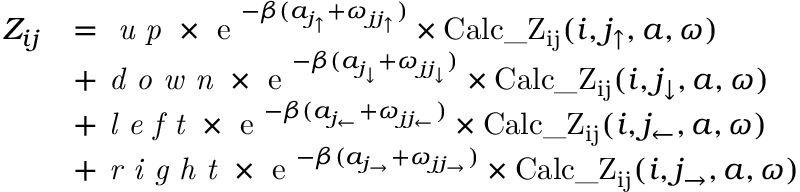
\begin{array} { r l } { Z _ { i j } } & { = \textit { u p } \times \textnormal { e } ^ { - \beta ( a _ { j _ { \uparrow } } + \omega _ { j j _ { \uparrow } } ) } \times \mathrm { C a l c \_ Z _ { i j } } ( i , j _ { \uparrow } , a , \omega ) } \\ & { + \textit { d o w n } \times \textnormal { e } ^ { - \beta ( a _ { j _ { \downarrow } } + \omega _ { j j _ { \downarrow } } ) } \times \mathrm { C a l c \_ Z _ { i j } } ( i , j _ { \downarrow } , a , \omega ) } \\ & { + \textit { l e f t } \times \textnormal { e } ^ { - \beta ( a _ { j _ { \leftarrow } } + \omega _ { j j _ { \leftarrow } } ) } \times \mathrm { C a l c \_ Z _ { i j } } ( i , j _ { \leftarrow } , a , \omega ) } \\ & { + \textit { r i g h t } \times \textnormal { e } ^ { - \beta ( a _ { j _ { \rightarrow } } + \omega _ { j j _ { \rightarrow } } ) } \times \mathrm { C a l c \_ Z _ { i j } } ( i , j _ { \rightarrow } , a , \omega ) } \end{array}